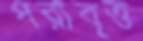
পরাবৃত্ত